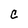
Character: C